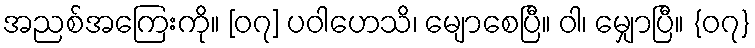
အညစ်အကြေးကို။ [၀၇] ပဝါဟေသိ၊ မျောစေပြီ။ ဝါ၊ မျှောပြီ။ {၀၇}